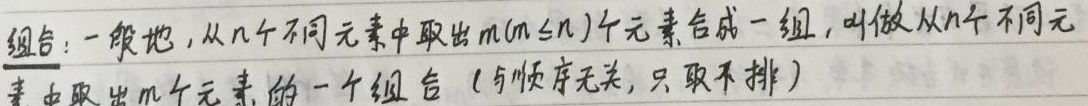
组合：一般地，从$n$个不同元素中取出$m(m\leq n)$个元素合成一组，叫做从$n$个不同元素中取出$m$个元素的一个组合（与顺序无关，只取不排）。